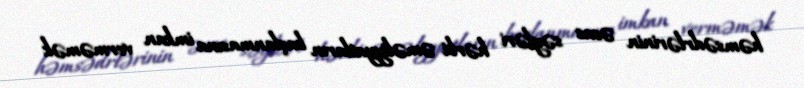
həmsədrlərinin əsas səyləri hərbi əməliyyatların başlanmasına imkan verməmək